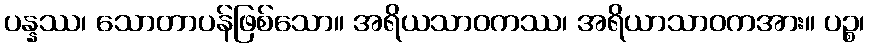
ပန္နဿ၊ သောတာပန်ဖြစ်သော။ အရိယသာဝကဿ၊ အရိယာသာဝကအား။ ပဉ္စ၊